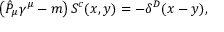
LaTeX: \left( \hat { { \cal P } } _ { \mu } \gamma ^ { \mu } - m \right) S ^ { c } ( x , y ) = - \delta ^ { D } ( x - y ) ,